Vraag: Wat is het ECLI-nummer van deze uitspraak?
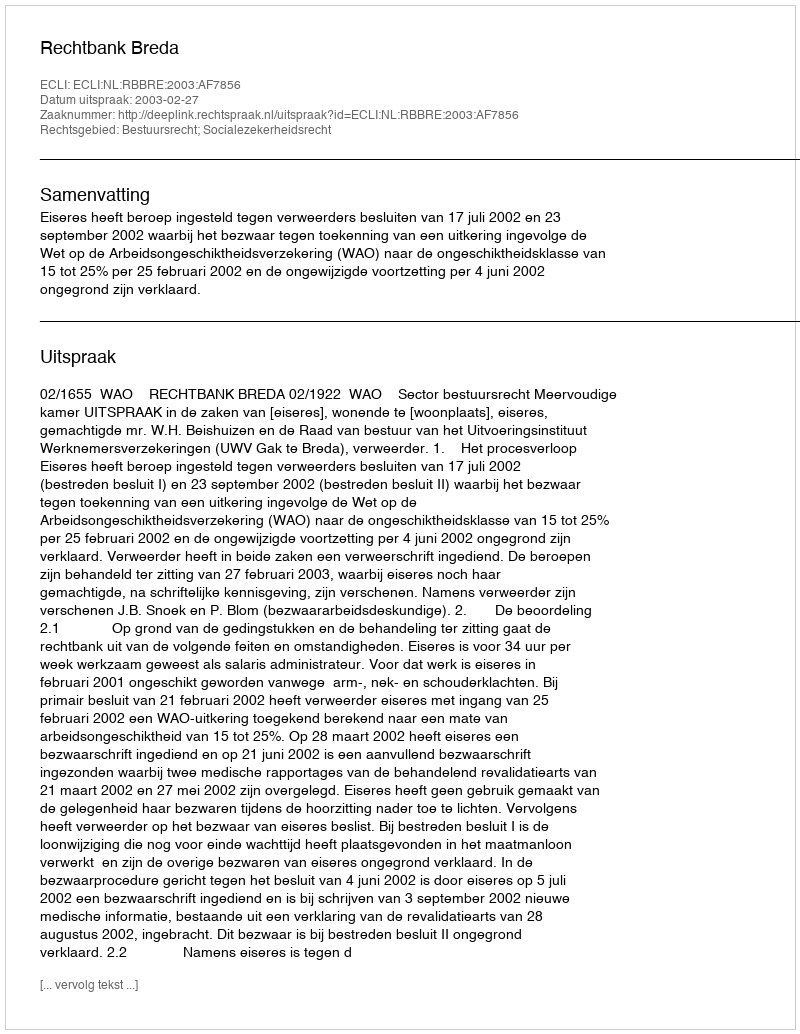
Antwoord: ECLI:NL:RBBRE:2003:AF7856